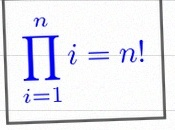
\prod_{i=1}^{n}i=n!